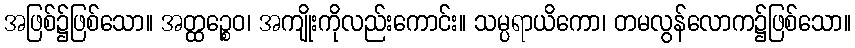
အဖြစ်၌ဖြစ်သော။ အတ္ထဉ္စေဝ၊ အကျိုးကိုလည်းကောင်း။ သမ္ပရာယိကော၊ တမလွန်လောက၌ဖြစ်သော။